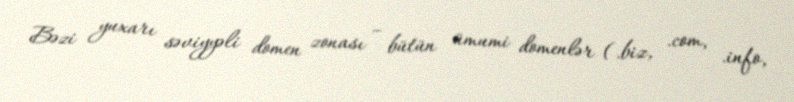
Bəzi yuxarı səviyyəli domen zonası – bütün ümumi domenlər (.biz, .com, .info,